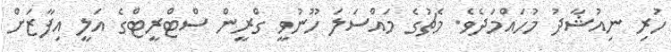
ހުރި ނިއުޝާދު މުހައްމަދެވެ. މެޗުގެ މައްސަލަ ހޫނުވީ ގްރީން ސްޓްރީޓްގެ އަލީ އިފާޒަށް